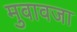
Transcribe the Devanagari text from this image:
मुवावजा